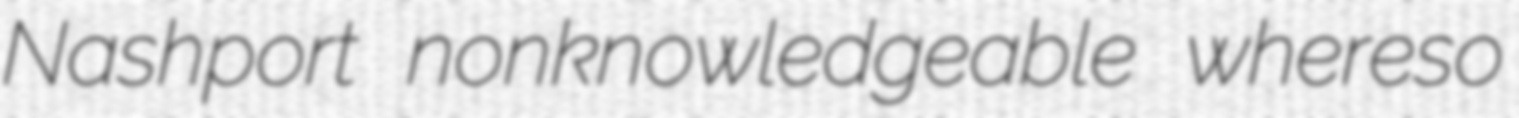
Nashport nonknowledgeable whereso